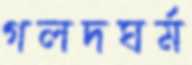
গলদঘর্ম